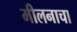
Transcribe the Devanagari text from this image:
मीलनाचा